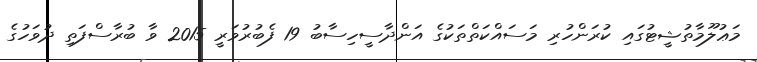
މަޢުލޫމާތުޝީޓުގައި ކުރަންހުރި މަސައްކަތްތަކުގެ އަންދާސީހިސާބު 19 ފެބުރުވަރީ 2015 ވާ ބުރާސްފަތި ދުވަހުގެ